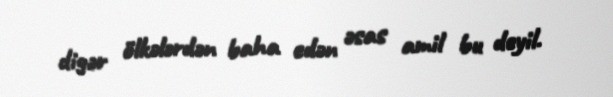
digər ölkələrdən baha edən əsas amil bu deyil.